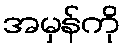
အမှန်ကို